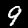
Digit: 9